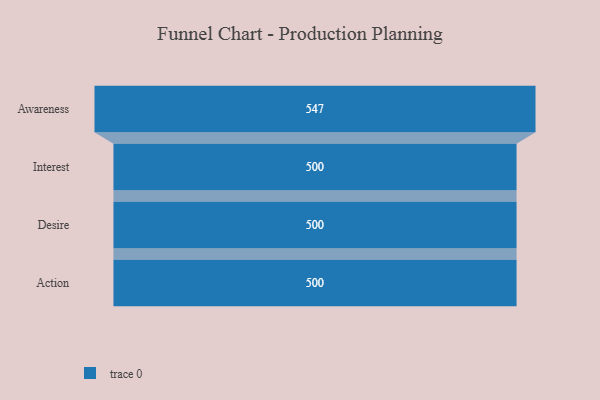
{"axis": {"x": "Stage", "y": "Value"}, "legend": [""], "data": [{"x": "Awareness", "y": 547.0, "type": ""}, {"x": "Interest", "y": 500, "type": ""}, {"x": "Desire", "y": 500, "type": ""}, {"x": "Action", "y": 500, "type": ""}]}